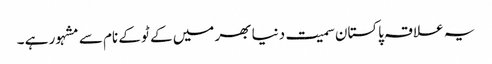
یہ علاقہ پاکستان سمیت دنیا بھر میں کے ٹو کے نام سے مشہور ہے ۔